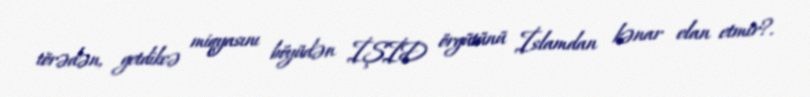
törədən, getdikcə miqyasını böyüdən İŞİD örgütünü İslamdan kənar elan etmir?.